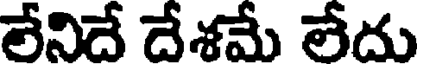
లేనిదే దేశమే లేదు